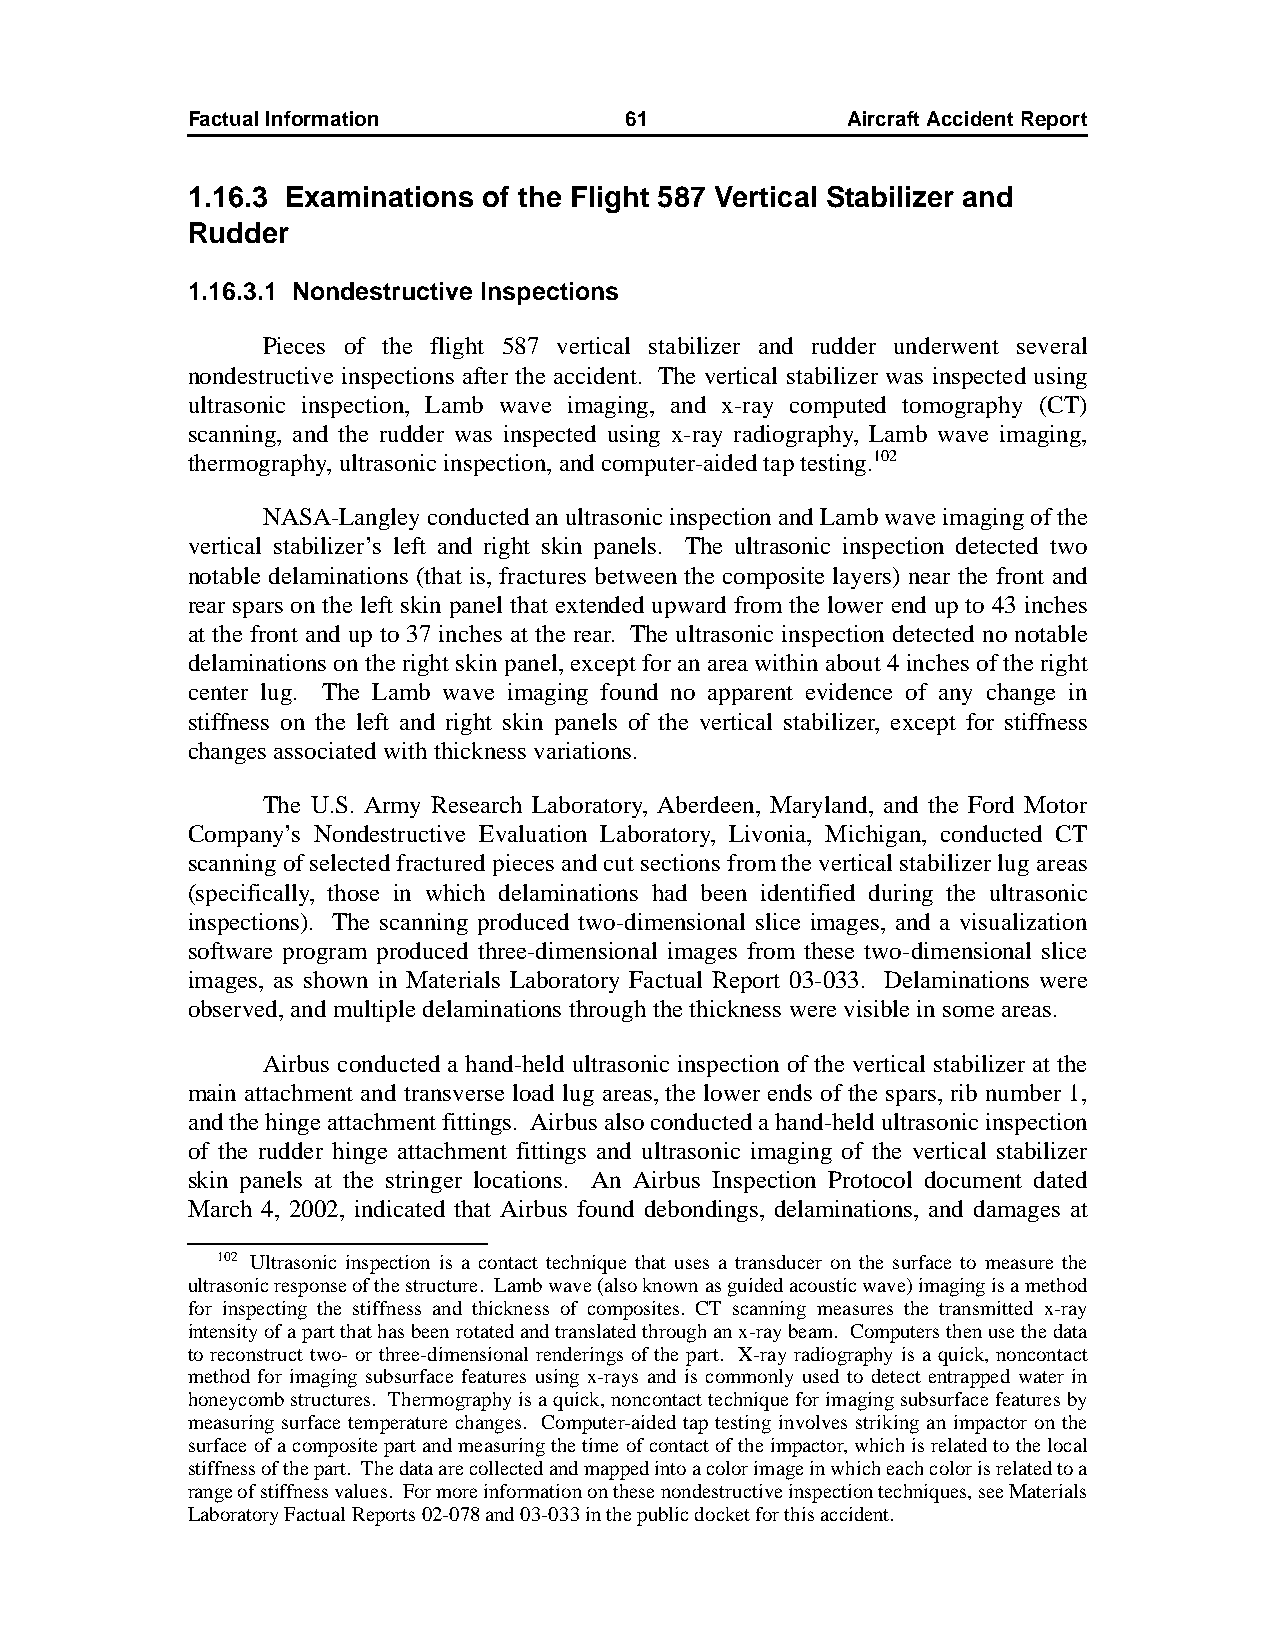
Factual Information          61             AircraftAccidentReport
 1.16.3 Examinations of the Flight 587 Vertical Stabilizer and
 Rudder
 1.16.3.1 Nondestructive Inspections
 Pieces of the flight 587 vertical stabilizer and rudder underwent several
 nondestructive inspections after the accident. The vertical stabilizer was inspected using
 ultrasonic inspection, Lamb wave imaging, and x-ray computed tomography (CT)
 scanning, and the rudder was inspected using x-ray radiography, Lamb wave imaging,
 thermography, ultrasonic inspection, and computer-aided tap testing.102
 NASA-Langley conducted an ultrasonic inspection and Lamb wave imaging of the
 vertical stabilizer’s left and right skin panels. The ultrasonic inspection detected two
 notable delaminations (that is, fractures between the composite layers) near the front and
 rear spars on the left skin panel that extended upward from the lower end up to 43 inches
 at the front and up to 37 inches at the rear. The ultrasonic inspection detected no notable
 delaminations on the right skin panel, except for an area within about 4 inches of the right
 center lug. The Lamb wave imaging found no apparent evidence of any change in
 stiffness on the left and right skin panels of the vertical stabilizer, except for stiffness
 changes associated with thickness variations.
 The U.S. Army Research Laboratory, Aberdeen, Maryland, and the Ford Motor
 Company’s Nondestructive Evaluation Laboratory, Livonia, Michigan, conducted CT
 scanning of selected fractured pieces and cut sections from the vertical stabilizer lug areas
 (specifically, those in which delaminations had been identified during the ultrasonic
 inspections). The scanning produced two-dimensional slice images, and a visualization
 software program produced three-dimensional images from these two-dimensional slice
 images, as shown in Materials Laboratory Factual Report 03-033. Delaminations were
 observed, and multiple delaminations through the thickness were visible in some areas.
 Airbus conducted a hand-held ultrasonic inspection of the vertical stabilizer at the
 main attachment and transverse load lug areas, the lower ends of the spars, rib number 1,
 and the hinge attachment fittings. Airbus also conducted a hand-held ultrasonic inspection
 of the rudder hinge attachment fittings and ultrasonic imaging of the vertical stabilizer
 skin panels at the stringer locations. An Airbus Inspection Protocol document dated
 March 4, 2002, indicated that Airbus found debondings, delaminations, and damages at
 102 Ultrasonic inspection is a contact technique that uses a transducer on the surface to measure the
 ultrasonic response of the structure. Lamb wave (also known as guided acoustic wave) imaging is a method
 for inspecting the stiffness and thickness of composites. CT scanning measures the transmitted x-ray
 intensity of a part that has been rotated and translated through an x-ray beam. Computers then use the data
 to reconstruct two- or three-dimensional renderings of the part. X-ray radiography is a quick, noncontact
 method for imaging subsurface features using x-rays and is commonly used to detect entrapped water in
 honeycomb structures. Thermography is a quick, noncontact technique for imaging subsurface features by
 measuring surface temperature changes. Computer-aided tap testing involves striking an impactor on the
 surface of a composite part and measuring the time of contact of the impactor, which is related to the local
 stiffness of the part. The data are collected and mapped into a color image in which each color is related to a
 range of stiffness values. For more information on these nondestructive inspection techniques, see Materials
 Laboratory Factual Reports 02-078 and 03-033 in the public docket for this accident.